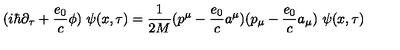
( i \hbar \partial _ { \tau } + \frac { e _ { 0 } } { c } \phi ) \ \psi ( x , \tau ) = \frac { 1 } { 2 M } ( p ^ { \mu } - \frac { e _ { 0 } } { c } a ^ { \mu } ) ( p _ { \mu } - \frac { e _ { 0 } } { c } a _ { \mu } ) \ \psi ( x , \tau )